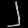
Digit: ၂